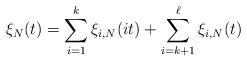
LaTeX: \begin{align*}\xi_{N}(t)=\sum_{i=1}^{k}\xi_{i,N}(it)+\sum_{i=k+1}^{\ell}\xi_{i,N}(t)\end{align*}